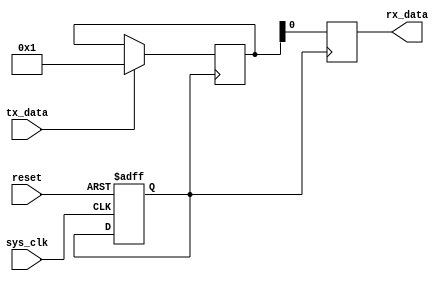
module uart_controller(
    input wire sys_clk,
    input wire reset,
    input wire tx_data,
    output reg rx_data
);

// Baud rate generator (for a baud rate of 9600)
reg [11:0] baud_counter;
parameter BAUD_RATE = 9600;
always @(posedge sys_clk or posedge reset) begin
    if (reset) begin
        baud_counter <= 12'd0;
    end else begin
        if (baud_counter == BAUD_RATE - 1) begin
            baud_counter <= 12'd0;
        end else begin
            baud_counter <= baud_counter + 1;
        end
    end
end

// Clock divider
reg clk_divider;
always @(posedge sys_clk or posedge reset) begin
    if (reset) begin
        clk_divider <= 1'b0;
    end else begin
        if (baud_counter == BAUD_RATE - 1) begin
            clk_divider <= ~clk_divider;
        end
    end
end

// Start bit detector
reg start_bit_detected;
always @(posedge sys_clk or posedge reset) begin
    if (reset) begin
        start_bit_detected <= 1'b0;
    end else begin
        if (~start_bit_detected && rx_data == 1'b0) begin
            start_bit_detected <= 1'b1;
        end else begin
            start_bit_detected <= 1'b0;
        end
    end
end

// Shift register
reg [7:0] shift_reg;
always @(posedge clk_divider) begin
    shift_reg <= {shift_reg[6:0], rx_data};
end

// Parity checker
reg parity_error;
always @(posedge clk_divider) begin
    parity_error <= ^shift_reg;
end

// Stop bit detector
reg stop_bit_detected;
always @(posedge clk_divider) begin
    if (shift_reg[7] && ~stop_bit_detected) begin
        stop_bit_detected <= 1'b1;
    end else begin
        stop_bit_detected <= 1'b0;
    end
end

// Buffer storage
reg [7:0] tx_buffer;
always @(posedge clk_divider) begin
    if (tx_data) begin
        tx_buffer <= tx_data;
    end
end

always @(posedge clk_divider) begin
    rx_data <= tx_buffer;
end

// Control logic for data transfer process
// (logic for handling data transmission and reception, bit stuffing, error detection, flow control, etc.)

endmodule